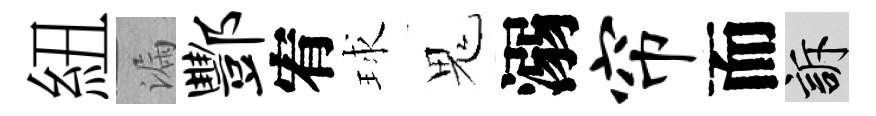
紐漏酆宥球鬼溺帘而訴